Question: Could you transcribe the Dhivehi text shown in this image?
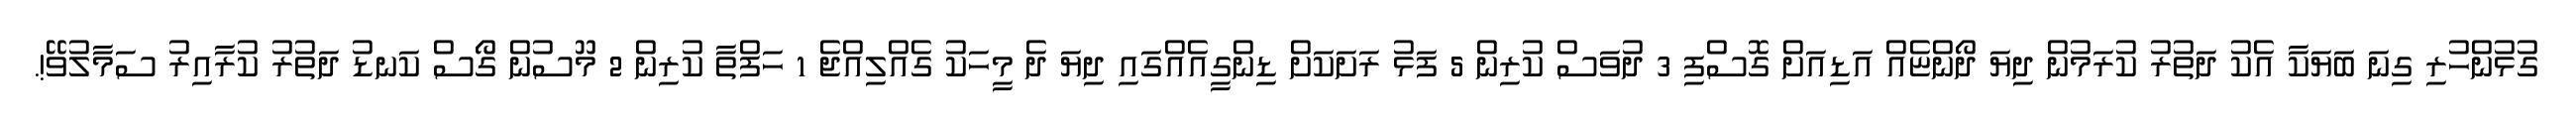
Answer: ގުޅުންހުރި ގިނަ ބަޔަކާ އެކު ދަތުރު ކުރަމުން ދިޔަ ދޯންޏެއް އަޑިއަށް ގޮސްފި 3 ދުވަސް ކުރިން 5 ފަޅު ރަށަކަށް ޑިންގީއެއްގައި ދިޔަ ދެ މީހަކު ގެއްލިއްޖެ 1 ހަފްތާ ކުރިން 2 މޫސުން ގޯސް ކަނޑު ދަތުރު ކުރާއިރު ސަމާލުވޭ!.